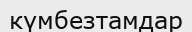
күмбезтамдар